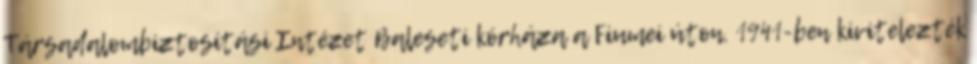
Társadalombiztosítási Intézet Baleseti kórháza a Fiumei úton. 1941-ben kivitelezték